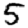
Digit: 5